Mental hospitals Bombay report 1929-33 - 1929-1933
Year: 1929
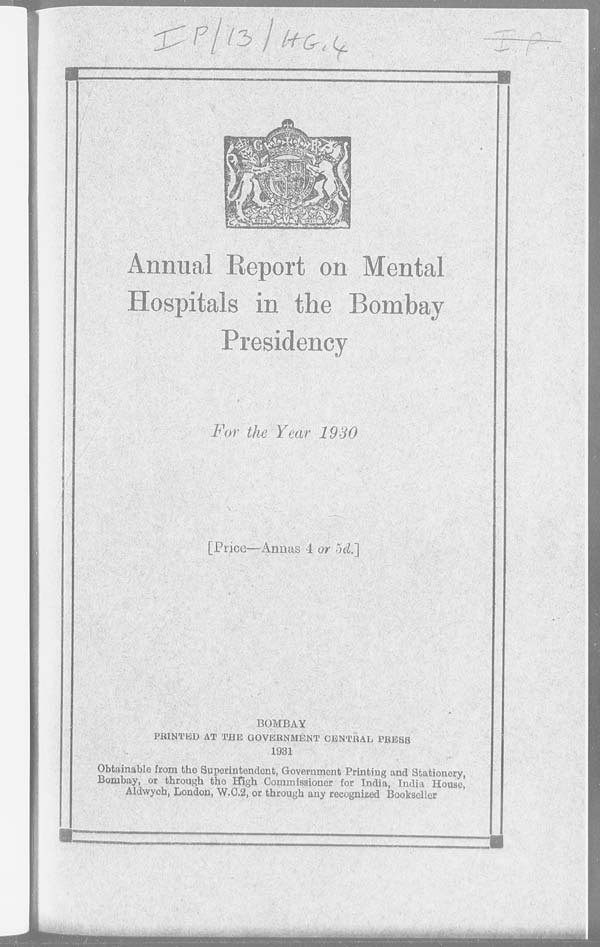
Annual Report on Mental
Hospitals in the Bombay
Presidency
For the Year 1930
[Price—Annas 4 or 5d.]
BOMBAY
PRINTED AT THE GOVERNMENT CENTRAL PRESS
1931
Obtainable from the Superintendent, Government Printing and Stationery,
Bombay, or through the High Commissioner for India, India House,
Aldwych, London, W.C.2, or through any recognized Bookseller